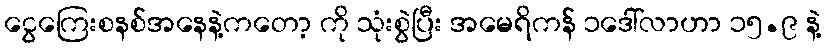
ငွေကြေးစနစ်အနေနဲ့ကတော့ ကို သုံးစွဲပြီး အမေရိကန် ၁ဒေါ်လာဟာ ၁၅.၉ နဲ့